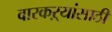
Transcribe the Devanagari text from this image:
वारकऱ्यांसाठी